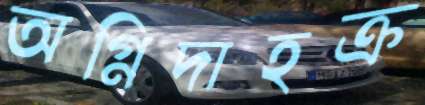
অগ্নিদাহক্র